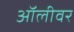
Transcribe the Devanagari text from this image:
ऑलीवर